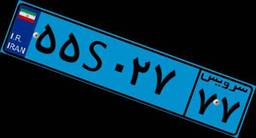
۵۵S۰۲۷۷۷